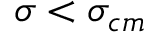
\sigma < \sigma _ { c m }